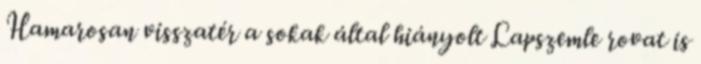
Hamarosan visszatér a sokak által hiányolt Lapszemle rovat is